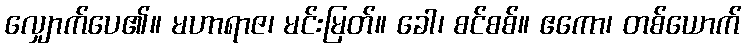
လျှောက်ပေ၏။ မဟာရာဇ၊ မင်းမြတ်။ ခေါ၊ စင်စစ်။ ဧကော၊ တစ်ယောက်